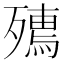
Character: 𭮟